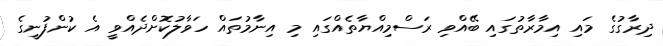
ދިރާގުގެ މައި އިމާރާތުގައި ބޭއްވި ރަސްމިއްޔާތެއްގައި މި އިނާމުތައް ހަވާލުކޮށްދެއްވީ އެ ކުންފުނީގެ